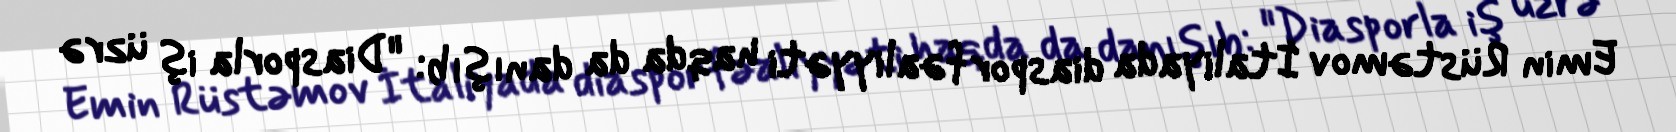
Emin Rüstəmov İtaliyada diaspor fəaliyyəti haqda da danışıb: "Diasporla iş üzrə